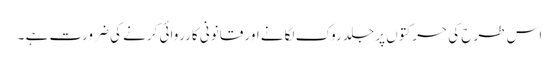
اس طرح کی حرکتوں پر جلد روک لگانے اور قانونی کارروائی کرنے کی ضرورت ہے ۔